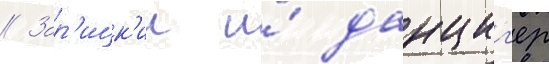
// Зар'ицк'ии и́ данциг'ер